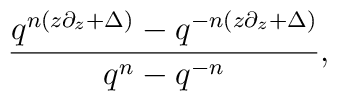
{q^{n(z\partial_z+\Delta)}-q^{-n(z\partial_z+\Delta) } \over {q^{n}-q^{-n}}} ,